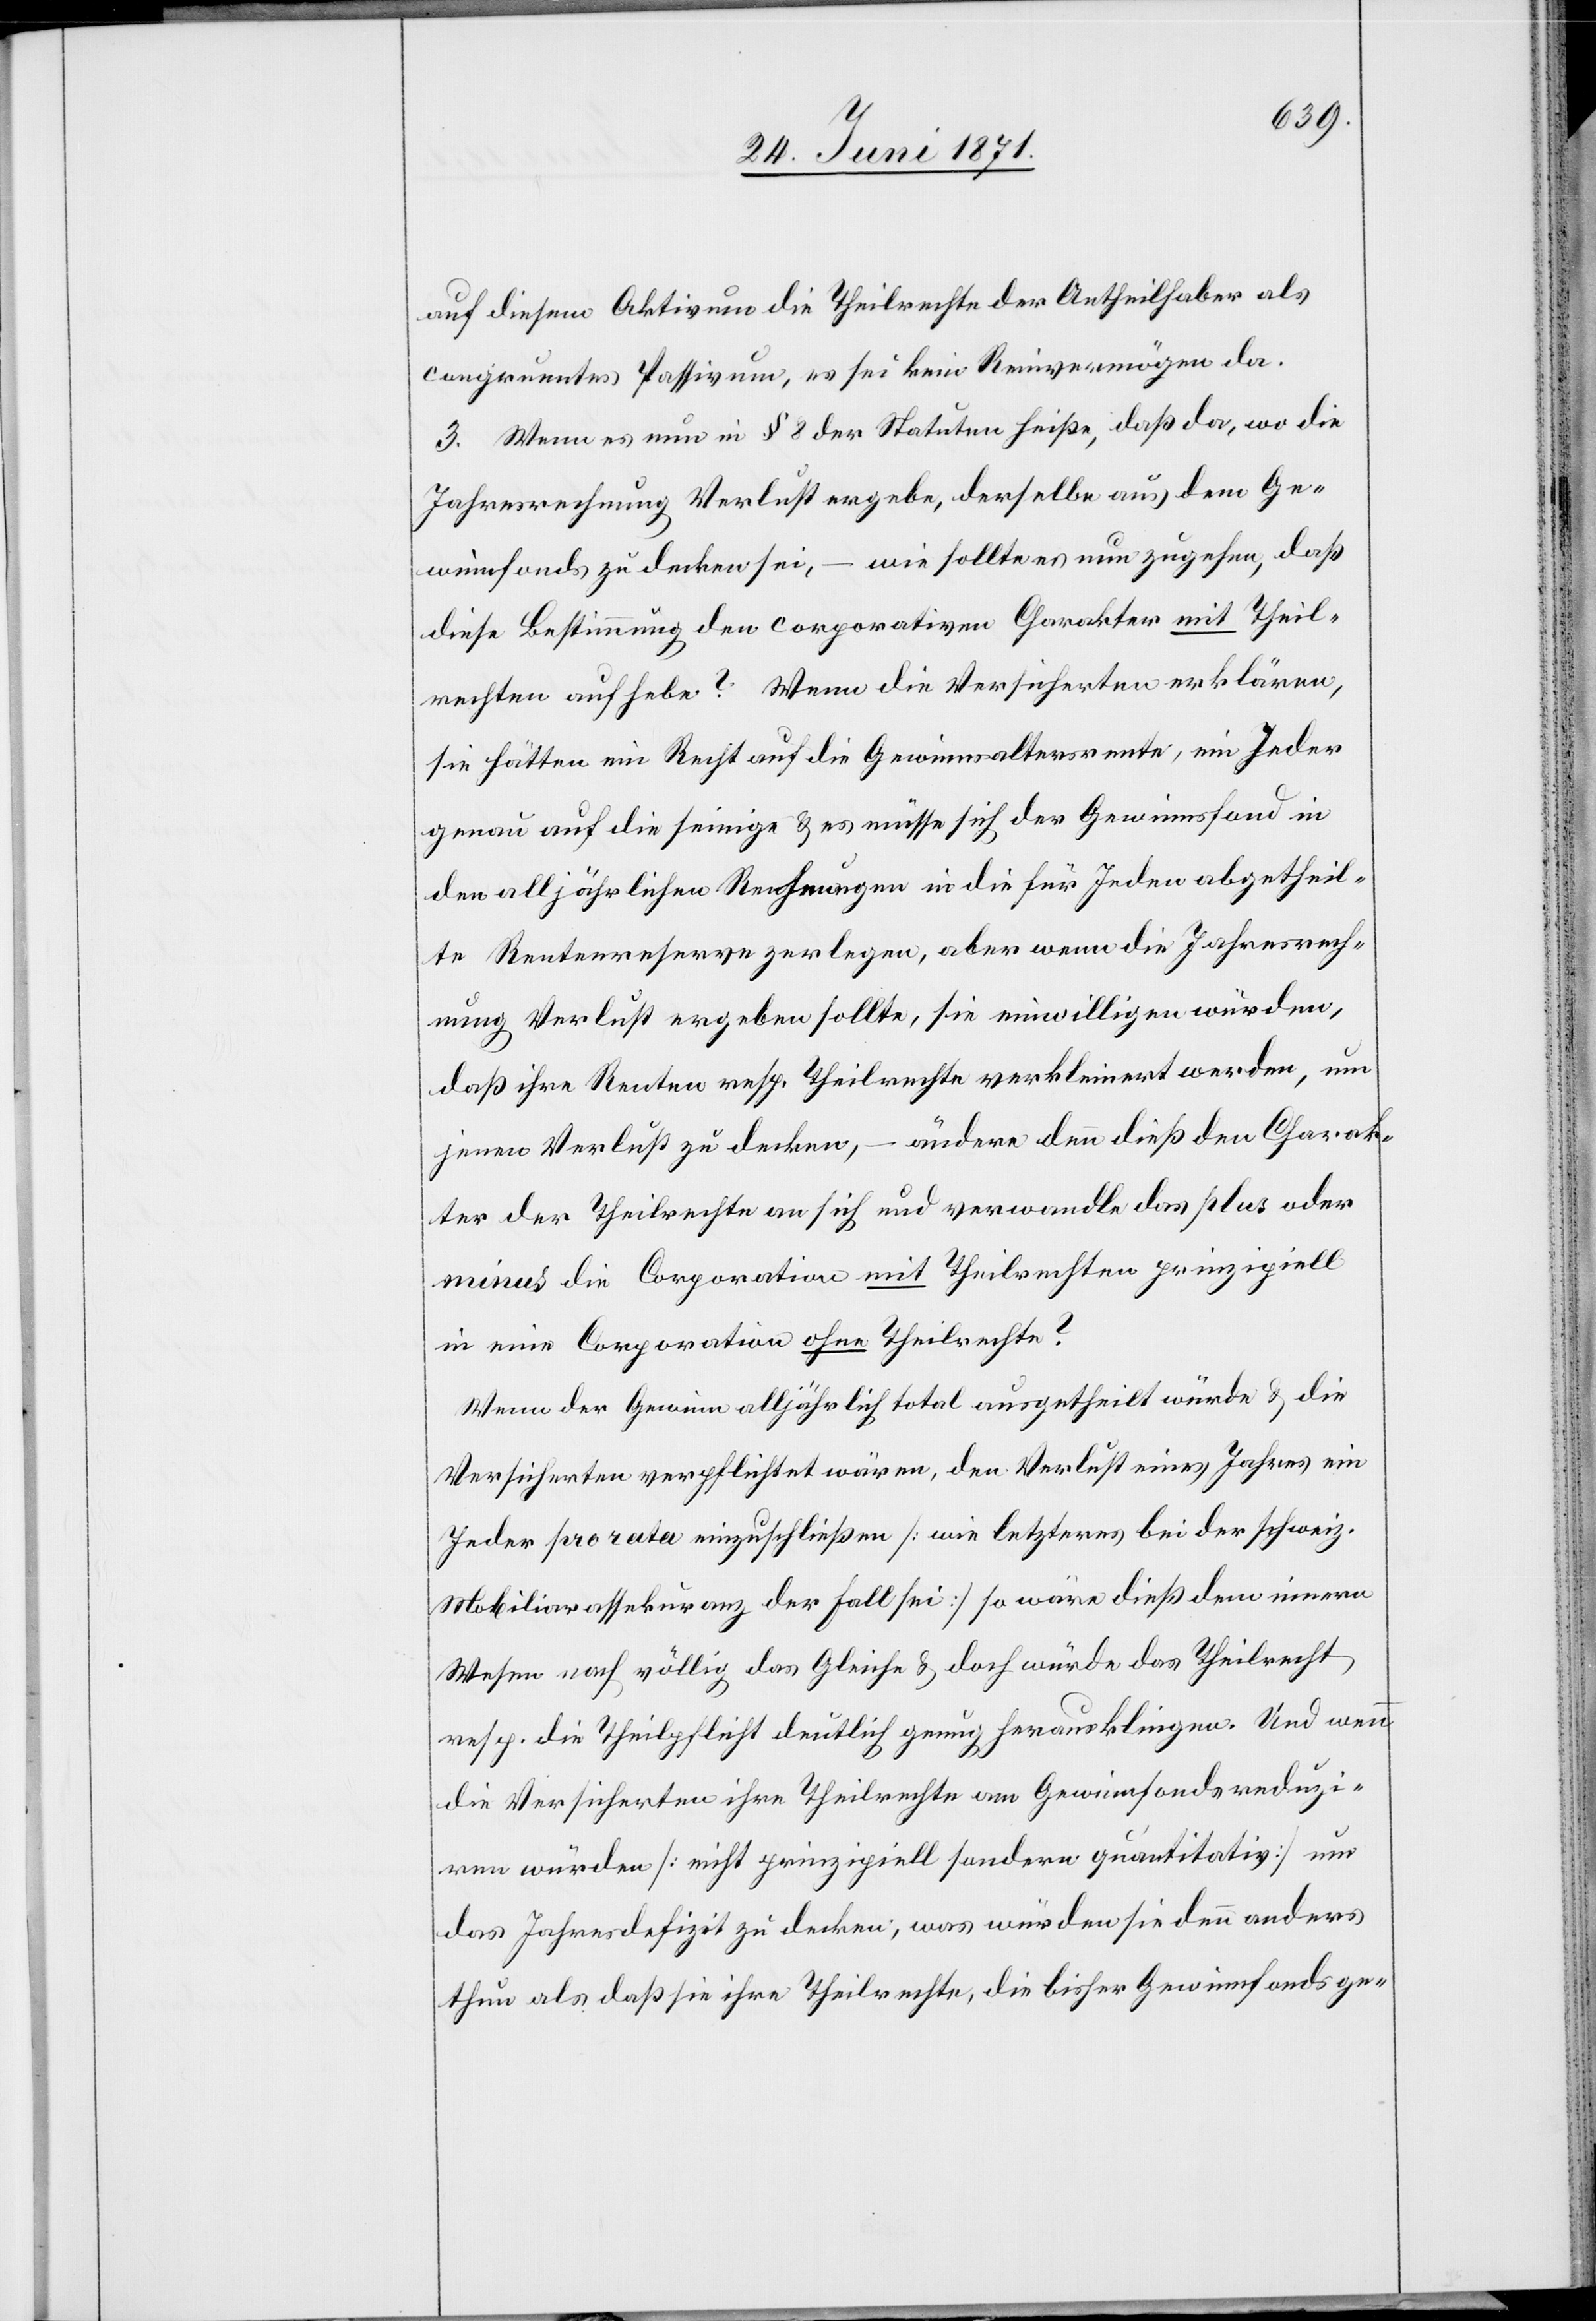
auf diesem Aktivum die Theilrechte der Antheilhaber als
congruentes Passivum, es sei kein Reinvermögen da.
3. Wenn es nun in § 8 der Statuten heiße, daß da, wo die
Jahresrechnung Verlust ergebe, derselbe aus dem Ge¬
winnfonds zu decken sei, – wie sollte es nun zugehen, daß
diese Bestimmung den corporativen Charakter mit Theil¬
rechten aufhebe? Wenn die Versicherten erklären,
sie hätten ein Recht auf die Gewinnsaltersrente, ein Jeder
genau auf die seinige u. es müsse sich der Gewinnsfond in
den alljährlichen Rechnungen in die für Jeden abgetheil¬
te Rentenreserve zerlegen, aber wenn die Jahresrech¬
nung Verlust ergeben sollte, sie einwilligen würden,
daß ihre Renten resp. Theilrechte verkleinert werden, um
jenen Verlust zu decken, – ändere denn dieß den Charak¬
ter der Theilrechte an sich und verwandle das plus oder
minus die Corporation mit Theilrechten prinzipiell
in eine Corporation ohne Theilrechte?
Wenn der Gewinn alljährlich total ausgetheilt würde u. die
Versicherten verpflichtet wären, den Verlust eines Jahres ein
Jeder pro rata einzuschließen [wie letzteres bei der schweiz.
Mobiliarassekuranz der Fall sei] so wäre dieß dem innern
Wesen nach völlig das Gleiche u. doch würde das Theilrecht
resp. die Theilpflicht deutlich genug herausklingen. Und wenn
die Versicherten ihre Theilrechte am Gewinnfonds reduzi¬
ren würden [nicht prinzipiell sondern quantitativ] um
das Jahresdefizit zu decken; was würden sie denn anders
thun als daß sie ihre Theilrechte, die bisher Gewinnfonds ge-